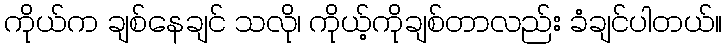
ကိုယ်က ချစ်နေချင် သလို၊ ကိုယ့်ကိုချစ်တာလည်း ခံချင်ပါတယ်။